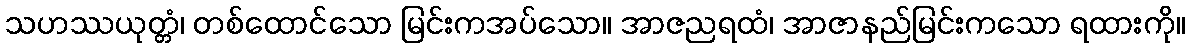
သဟဿယုတ္တံ၊ တစ်ထောင်သော မြင်းကအပ်သော။ အာဇညရထံ၊ အာဇာနည်မြင်းကသော ရထားကို။